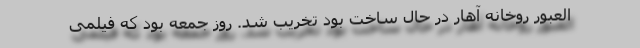
‌العبور روخانه آهار در حال ساخت بود تخریب شد. روز جمعه بود که فیلمی